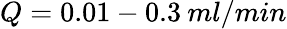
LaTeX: Q=0.01-0.3\: ml/min